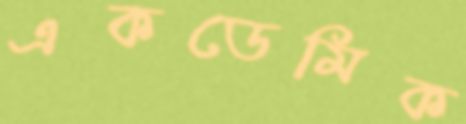
একডেমিক